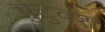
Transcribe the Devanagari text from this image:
चुटुवंश